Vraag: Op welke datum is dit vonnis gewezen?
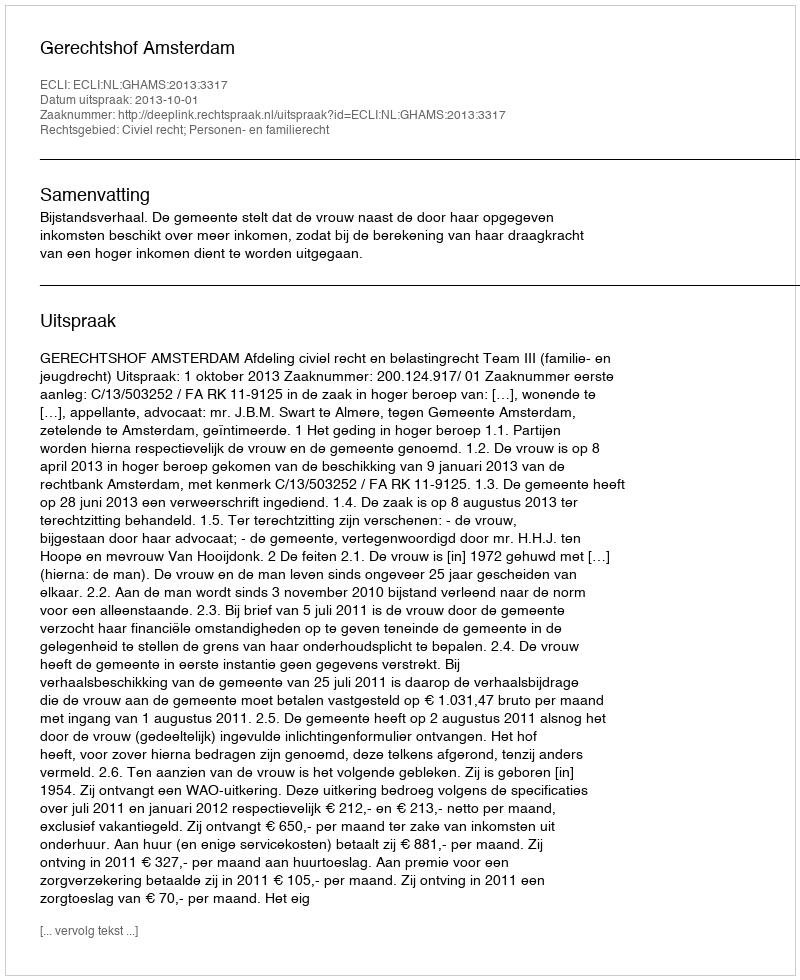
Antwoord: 2013-10-01